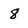
Character: 8